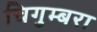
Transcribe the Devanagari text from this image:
चिगुम्बरा